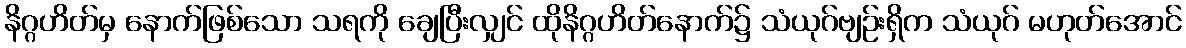
နိဂ္ဂဟိတ်မှ နောက်ဖြစ်သော သရကို ချေပြီးလျှင် ထိုနိဂ္ဂဟိတ်နောက်၌ သံယုဂ်ဗျဉ်းရှိက သံယုဂ် မဟုတ်အောင်